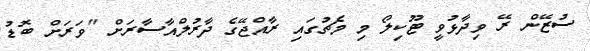
ސުޒޭން ރޭ ވިދާޅުވީ ޓޫކިލޯ މި މެޗުގައި ރާއްޖޭގެ ދާރުލްއާސާރަށް "ވަރަށް ބޮޑު